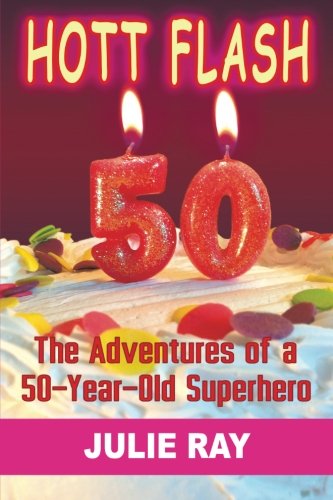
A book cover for Hott Flash: The Adventures of a 50-Year-Old Superhero; Julie Ray; Science Fiction & Fantasy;